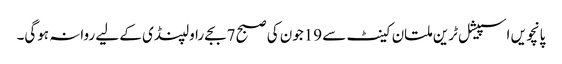
پانچویں اسپیشل ٹرین ملتان کینٹ سے 19جون کی صبح 7بجے راولپنڈی کے لیے روانہ ہوگی۔